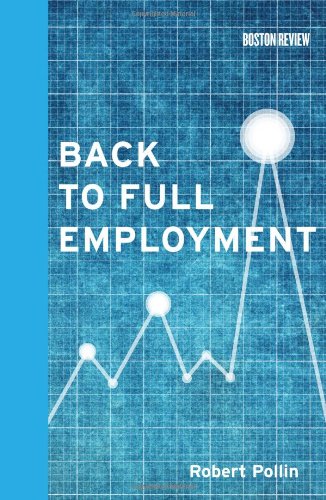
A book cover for Back to Full Employment (Boston Review Books); Robert Pollin; Business & Money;